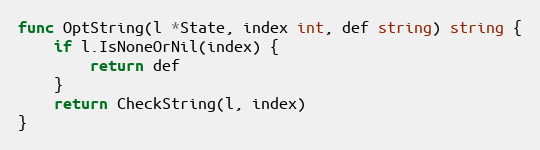
Language: Go
func OptString(l *State, index int, def string) string {
	if l.IsNoneOrNil(index) {
		return def
	}
	return CheckString(l, index)
}